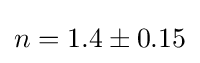
n=1.4\pm 0.15